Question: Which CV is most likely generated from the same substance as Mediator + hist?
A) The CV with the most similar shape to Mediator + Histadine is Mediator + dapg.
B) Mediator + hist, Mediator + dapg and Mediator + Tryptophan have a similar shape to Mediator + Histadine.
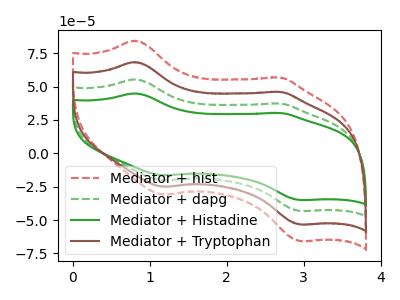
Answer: <think>The red dashed curve "Mediator + hist" has anodic peaks at (0.80V, 166.20uA) (2.70V, 111.85uA) and cathodic peaks at (1.15V, -60.95uA) (2.95V, -129.55uA). The green dashed curve "Mediator + dapg" has anodic peaks at (0.80V, 55.40uA) (2.70V, 37.30uA) and cathodic peaks at (1.15V, -20.30uA) (2.95V, -43.20uA). The green curve "Mediator + Histadine" has anodic peaks at (0.80V, 44.90uA) (2.70V, 30.20uA) and cathodic peaks at (1.15V, -16.45uA) (2.95V, -35.00uA). The brown curve "Mediator + Tryptophan" has anodic peaks at (0.80V, 110.80uA) (2.70V, 74.55uA) and cathodic peaks at (1.15V, -40.65uA) (2.95V, -86.35uA).
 All the peaks in "Mediator + hist" have a peak in "Mediator + dapg" at the same potential. Every peak in "Mediator + hist" is higher than every peak in "Mediator + dapg". All the peaks in "Mediator + hist" have a peak in "Mediator + Histadine" at the same potential. Every peak in "Mediator + hist" is higher than every peak in "Mediator + Histadine". All the peaks in "Mediator + hist" have a peak in "Mediator + Tryptophan" at the same potential. Every peak in "Mediator + hist" is higher than every peak in "Mediator + Tryptophan". All the peaks in "Mediator + dapg" have a peak in "Mediator + Histadine" at the same potential. Every peak in "Mediator + dapg" is higher than every peak in "Mediator + Histadine". All the peaks in "Mediator + dapg" have a peak in "Mediator + Tryptophan" at the same potential. Every peak in "Mediator + dapg" is lower than every peak in "Mediator + Tryptophan". All the peaks in "Mediator + Histadine" have a peak in "Mediator + Tryptophan" at the same potential. Every peak in "Mediator + Histadine" is lower than every peak in "Mediator + Tryptophan".</think>
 <answer>B) "Mediator + hist", "Mediator + dapg" and "Mediator + Tryptophan" have a similar shape to "Mediator + Histadine".</answer>
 <eval>B</eval>